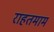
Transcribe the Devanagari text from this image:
राहतमाम